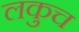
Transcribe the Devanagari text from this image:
लकुच